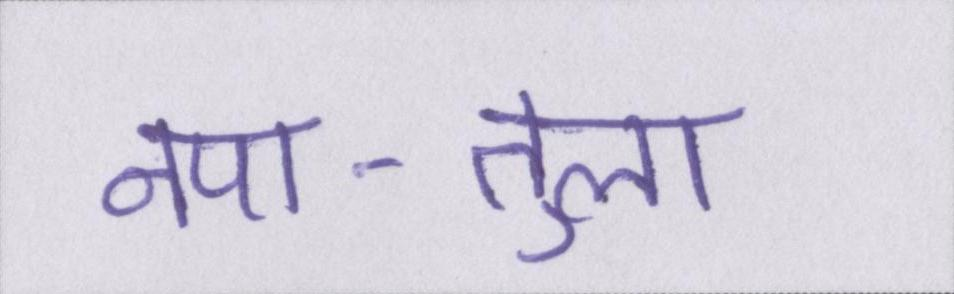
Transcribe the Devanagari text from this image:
नपा-तुला